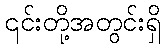
၎င်းတို့အတွင်းရှိ